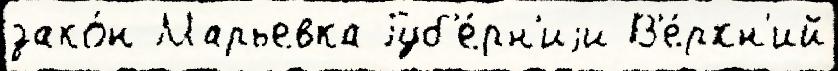
зако́н Марьевка Губ'е́рн'иjи В'е́рхн'ий